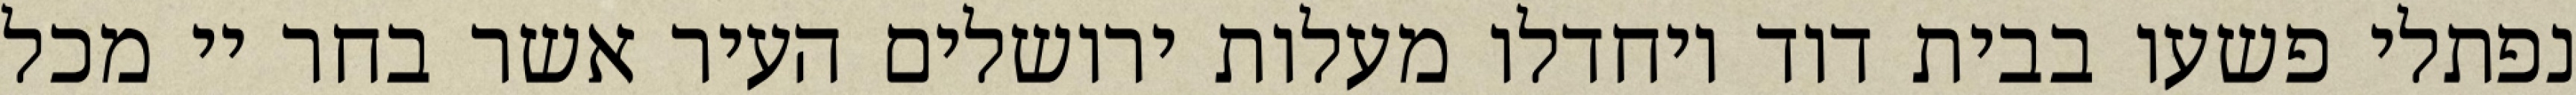
נפתלי פשעו בבית דוד ויחדלו מעלות ירושלים העיר אשר בחר יי מכל